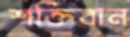
শক্তিবান